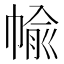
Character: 㡏